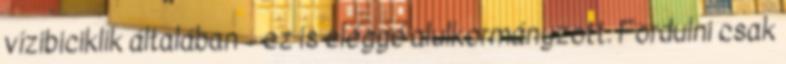
vízibiciklik általában – ez is eléggé alulkormányzott. Fordulni csak